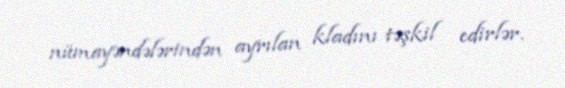
nümayəndələrindən ayrılan kladını təşkil edirlər.